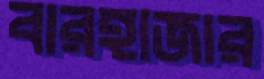
বারহাজার